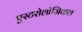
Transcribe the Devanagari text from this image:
एस्टरोलोजिकल